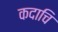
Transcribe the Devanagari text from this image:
कदाचि